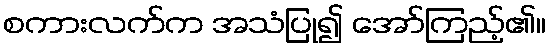
စကားလက်က အသံပြု၍ အော်ကြည့်၏။